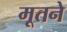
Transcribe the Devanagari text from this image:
मूतने